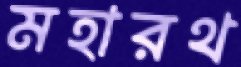
মহারথ